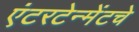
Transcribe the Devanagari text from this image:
एंटरटेन्मेंटचे